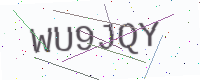
Text: WU9JQY